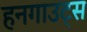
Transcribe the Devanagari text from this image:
हनगाउट्स